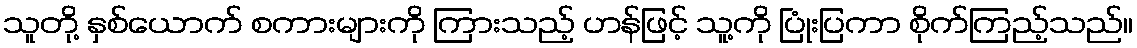
သူတို့ နှစ်ယောက် စကားများကို ကြားသည့် ဟန်ဖြင့် သူ့ကို ပြုံးပြကာ စိုက်ကြည့်သည်။